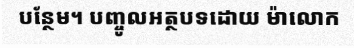
បន្ថែម។ បញ្ចូលអត្ថបទដោយ ម៉ាលោក